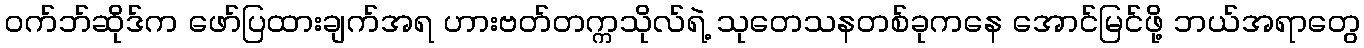
ဝက်ဘ်ဆိုဒ်က ဖော်ပြထားချက်အရ ဟားဗတ်တက္ကသိုလ်ရဲ့ သုတေသနတစ်ခုကနေ အောင်မြင်ဖို့ ဘယ်အရာတွေ